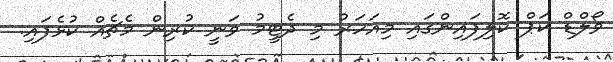
ވޯލްޑް ކަޕް ކޮލިފައިންގައި މިއަހަރު މި ދެޓީމު ވަނީ ކުރިން މެޗެއް ކުޅެފައި.